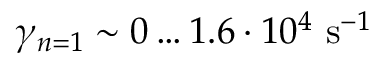
{ \gamma _ { n = 1 } \sim 0 \dots 1 . 6 \cdot 1 0 ^ { 4 } ~ \mathrm { s } ^ { - 1 } }